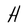
Character: H